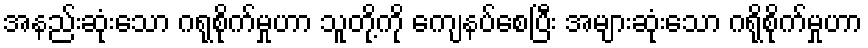
အနည်းဆုံးသော ဂရုစိုက်မှုဟာ သူတို့ကို ကျေနပ်စေပြီး အများဆုံးသော ဂရိုစိုက်မှုဟာ